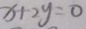
x + 2 y = 0